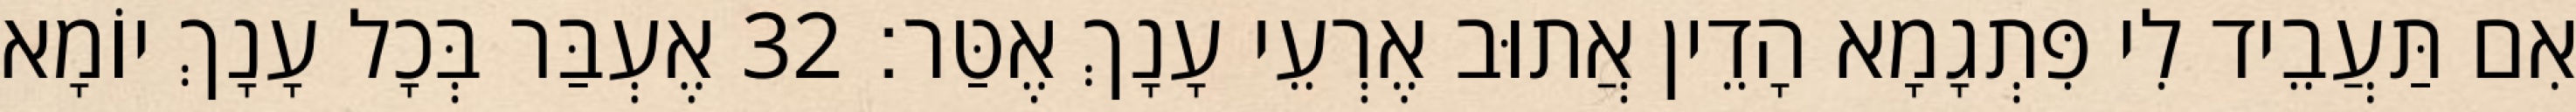
אִם תַּעֲבֵיד לִי פִּתְגָמָא הָדֵין אֲתוּב אֶרְעֵי עָנָךְ אֶטַּר׃ 32 אֶעְבַּר בְּכָל עָנָךְ יוֹמָא